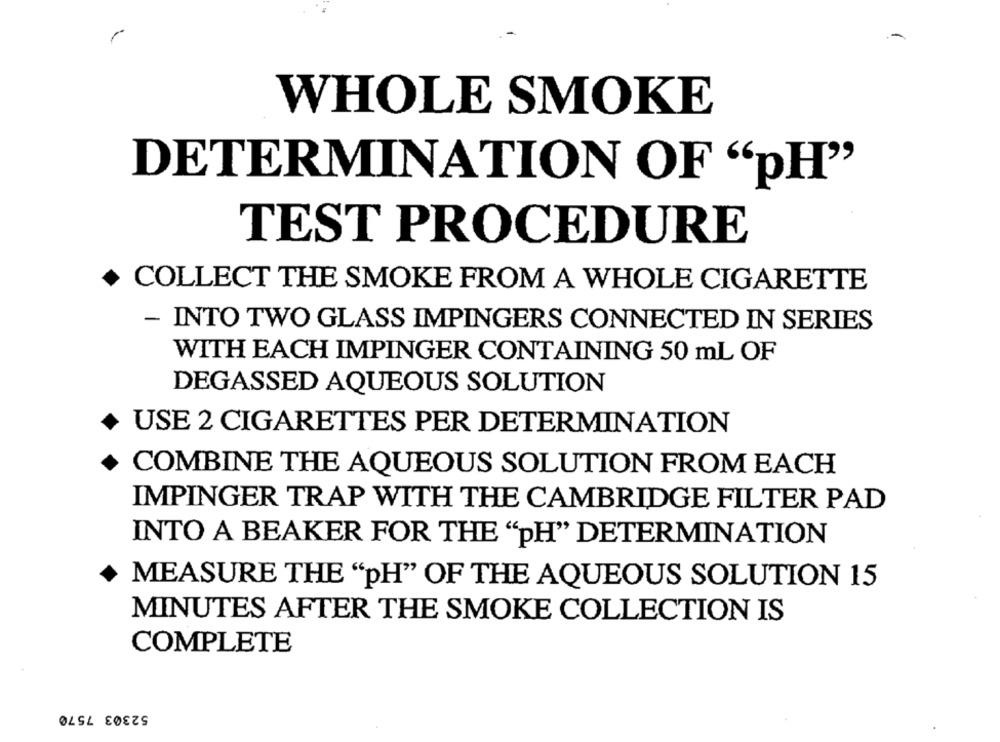
WHOLE SMOKE
DETERMINATION OF "pH"
TEST PROCEDURE
COLLECT THE SMOKE FROM A WHOLE CIGARETTE
- INTO TWO GLASS IMPINGERS CONNECTED IN SERIES
WITH EACH IMPINGER CONTAINING 50 ml OF
DEGASSED AQUEOUS SOLUTION
USE 2 CIGARETTES PER DETERMINATION
COMBINE THE AQUEOUS SOLUTION FROM EACH
IMPINGER TRAP WITH THE CAMBRIDGE FILTER PAD
INTO A BEAKER FOR THE "pH" DETERMINATION
MEASURE THE "PH" OF THE AQUEOUS SOLUTION 15
MINUTES AFTER THE SMOKE COLLECTION IS
COMPLETE
52303 7570